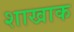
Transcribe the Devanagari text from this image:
शाखाक